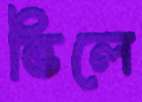
ভিলে